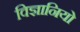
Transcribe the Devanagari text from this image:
विज्ञानियो